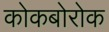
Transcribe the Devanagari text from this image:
कोकबोरोक